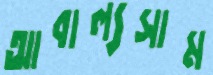
আবাল্যসাম